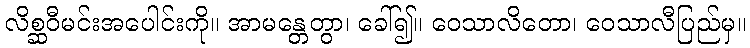
လိစ္ဆဝီမင်းအပေါင်းကို။ အာမန္တေတွာ၊ ခေါ်၍။ ဝေသာလိတော၊ ဝေသာလီပြည်မှ။